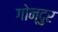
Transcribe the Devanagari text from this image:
गोन्दुर